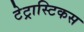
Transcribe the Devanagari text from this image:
टेट्रास्टिकस